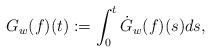
LaTeX: \begin{align*}G_w(f)(t):=\int_0^t \dot G_w(f)(s) ds,\end{align*}